Civil Veterinary Dept. Bombay admin report 1900-1906 - 1900-1906
Year: 1900
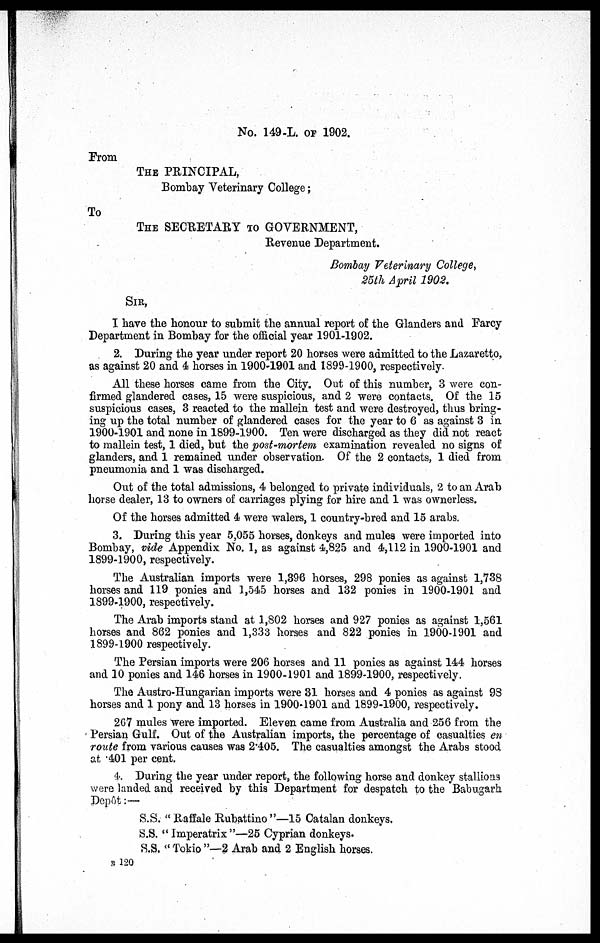
No. 149-L. OF 1902.
From
THE PRINCIPAL,
Bombay Veterinary College;
To
THE SECRETARY TO GOVERNMENT,
Revenue Department.
Bombay Veterinary College,
25th April 1902.
SIR,
I have the honour to submit the annual report of the Glanders and Farcy
Department in Bombay for the official year 1901-1902.
2. During the year under report 20 horses were admitted to the Lazaretto,
as against 20 and 4 horses in 1900-1901 and 1899-1900, respectively.
All these horses came from the City. Out of this number, 3 were con-
firmed glandered cases, 15 were suspicious, and 2 were contacts. Of the 15
suspicious cases, 3 reacted to the mallein test and were destroyed, thus bring-
ing up the total number of glandered cases for the year to 6 as against 3 in
1900-1901 and none in 1899-1900. Ten were discharged as they did not react
to mallein test, 1 died, but the post-mortem examination revealed no signs of
glanders, and 1 remained under observation. Of the 2 contacts, 1 died from
pneumonia and 1 was discharged.
Out of the total admissions, 4 belonged to private individuals, 2 to an Arab
horse dealer, 13 to owners of carriages plying for hire and 1 was ownerless.
Of the horses admitted 4 were walers, 1 country-bred and 15 arabs.
3. During this year 5,055 horses, donkeys and mules were imported into
Bombay, vide Appendix No. 1, as against 4,825 and 4,112 in 1900-1901 and
1899-1900, respectively.
The Australian imports were 1,396 horses, 298 ponies as against 1,738
horses and 119 ponies and 1,545 horses and 132 ponies in 1900-1901 and
1899-1900, respectively.
The Arab imports stand at 1,802 horses and 927 ponies as against 1,561
horses and 862 ponies and 1,333 horses and 822 ponies in 1900-1901 and
1899-1900 respectively.
The Persian imports were 206 horses and 11 ponies as against 144 horses
and 10 ponies and 146 horses in 1900-1901 and 1899-1900, respectively.
The Austro-Hungarian imports were 31 horses and 4 ponies as against 98
horses and 1 pony and 13 horses in 1900-1901 and 1899-1900, respectively.
267 mules were imported. Eleven came from Australia and 256 from the
Persian Gulf. Out of the Australian imports, the percentage of casualties en
route from various causes was 2.405. The casualties amongst the Arabs stood
at 401 per cent.
4. During the year under report, the following horse and donkey stallions
were landed and received by this Department for despatch to the Babugarh
Depôt:—
S.S. "Raffale Rubattino"—15 Catalan donkeys.
S.S. "Imperatrix"—25 Cyprian donkeys.
S.S. "Tokio"—2 Arab and 2 English horses.
B 120